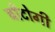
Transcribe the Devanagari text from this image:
बाँटोगी